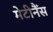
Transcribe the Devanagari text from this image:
मेटीनैंस